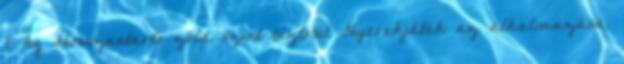
7 kg Hosszantartó zöld színt biztosít Gyerekjáték az alkalmazása,